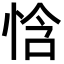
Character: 㤷